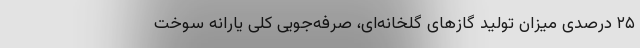
۲۵ درصدی میزان تولید گاز‌های گلخانه‌ای، صرفه‌جویی کلی یارانه سوخت